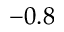
- 0 . 8